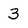
Character: 3